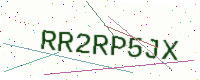
Text: RR2RP5JX